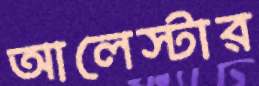
আলেস্টার